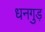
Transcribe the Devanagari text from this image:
धनगुड़